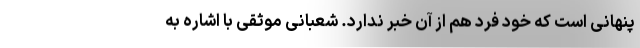
پنهانی است که خود فرد هم از آن خبر ندارد. شعبانی موثقی با اشاره به